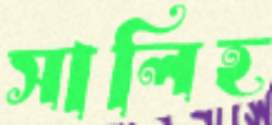
সালিহ